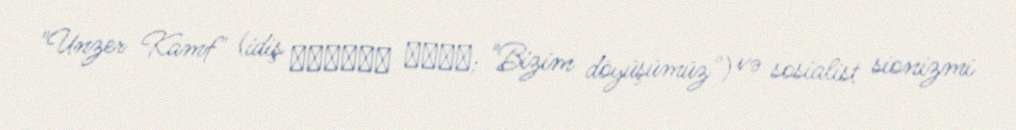
"Unzer Kamf" (idiş אונזער קאמף; "Bizim döyüşümüz") və sosialist sionizmi